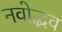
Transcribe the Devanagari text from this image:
नवोद्भव